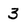
Character: 3